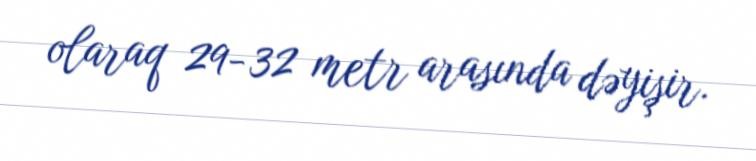
olaraq 29-32 metr arasında dəyişir.